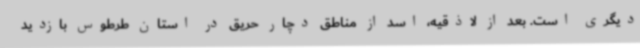
دیگری است. بعد از لاذقیه، اسد از مناطق دچار حریق در استان طرطوس بازدید